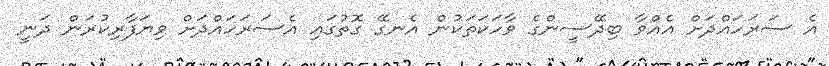
އެ ސަރަހައްދަށް އެއްވާ ބިދޭސީންގެ ވާހަކަތަކުން އެނގޭ ގޮތުގައި އެސަރަހައްދަށް ވިޔަފާރިކުރަން ދަނީ